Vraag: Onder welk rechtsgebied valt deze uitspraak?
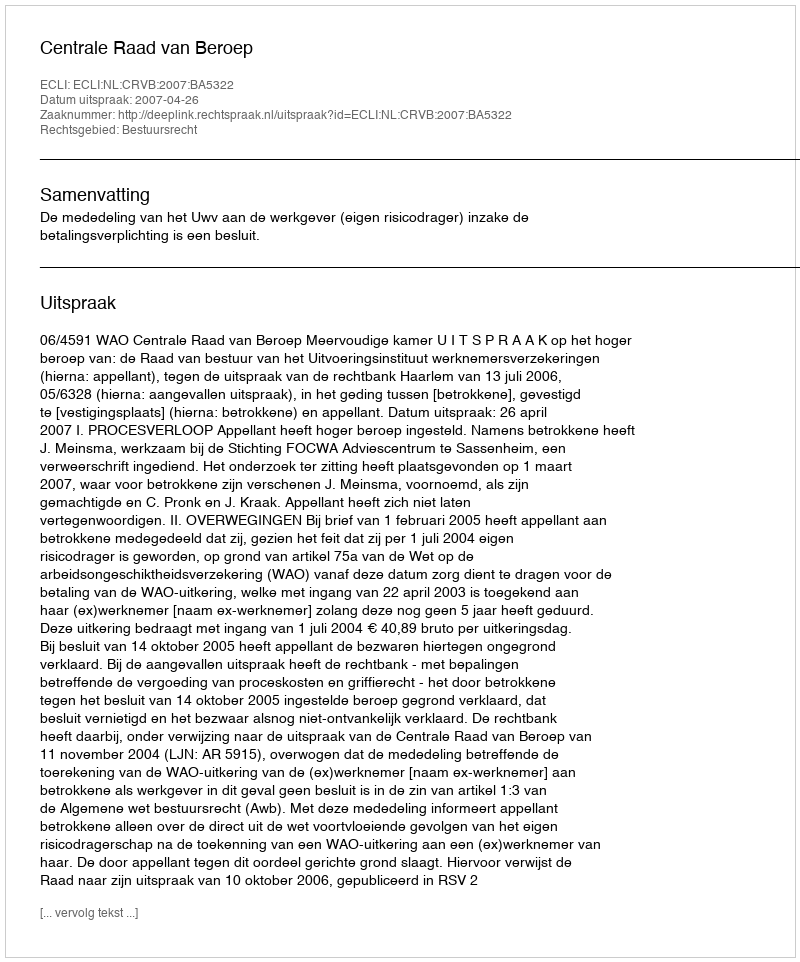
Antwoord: Bestuursrecht